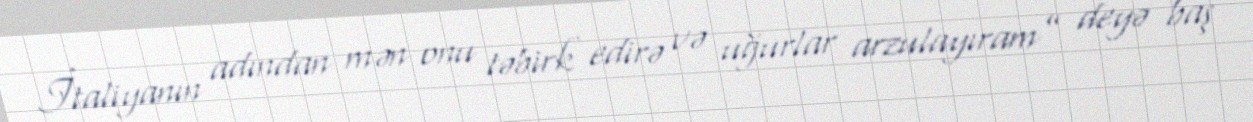
İtaliyanın adından mən onu təbirk edirə və uğurlar arzulayıram” deyə baş